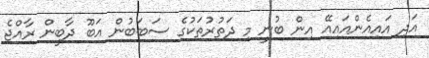
އަދި އައިއެންއައިއޭ އިން ބުނީ މި ދަތުރުތަކުގެ ސަބަބުން އަބޫ ދާބީން ރާއްޖެ